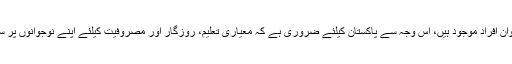
پاکستان نیشنل ہیومن ڈویلپمنٹ رپورٹ 2017ء کے مطابق تاریخ میں اب تک ملک میں بڑی تعداد میں نوجوان افراد موجود ہیں، اس وجہ سے پاکستان کیلئے ضروری ہے کہ معیاری تعلیم، روزگار اور مصروفیت کیلئے اپنے نوجوانوں پر سرمایہ کاری کرے کیونکہ اس اقدام کے باعث ان کی ذاتی بہبود اور ملکی معیشت کی ترقی میں اضافہ ہوگا۔